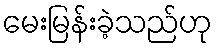
မေးမြန်းခဲ့သည်ဟု